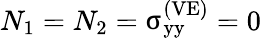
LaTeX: N_{1}=N_{2}={\upsigma}_{\mathrm{yy}}^{\left(\mathrm{VE}\right)}=0